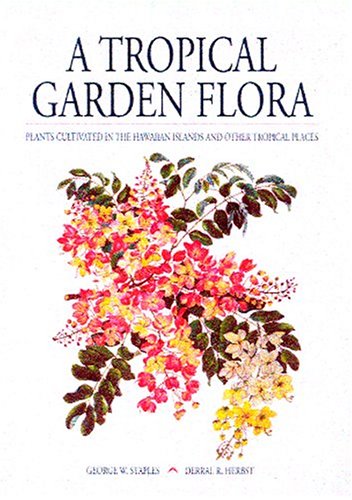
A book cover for A Tropical Garden Flora: Plants Cultivated In The Hawaiian Islands And Other Tropical Places; George W. Staples; Crafts, Hobbies & Home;